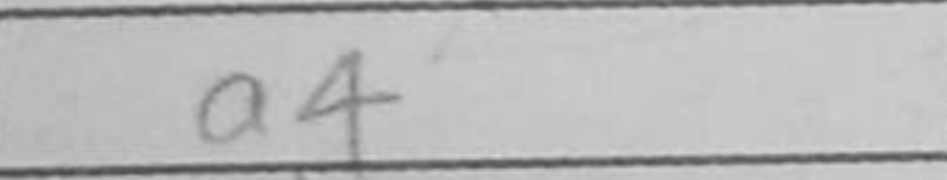
Transcription: a4